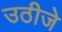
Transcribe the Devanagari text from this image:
उठीजे